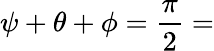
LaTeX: \psi+\theta+\phi={\frac{\pi}{2}}=